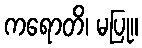
ကရောတိ၊ မပြု။